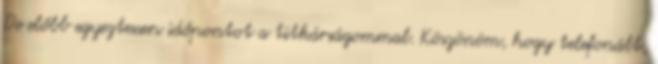
De előbb egyeztessen időpontot a titkárságommal. Köszönöm, hogy telefonált,